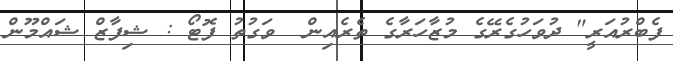
ފެބްރުއަރީ" ދުވަހުގެރޭގެ މުޒާހަރާގެެ ތެރެއިން  ވަގުތު ފޮޓޯ : ޝިފާޒް ޝައްމޫން